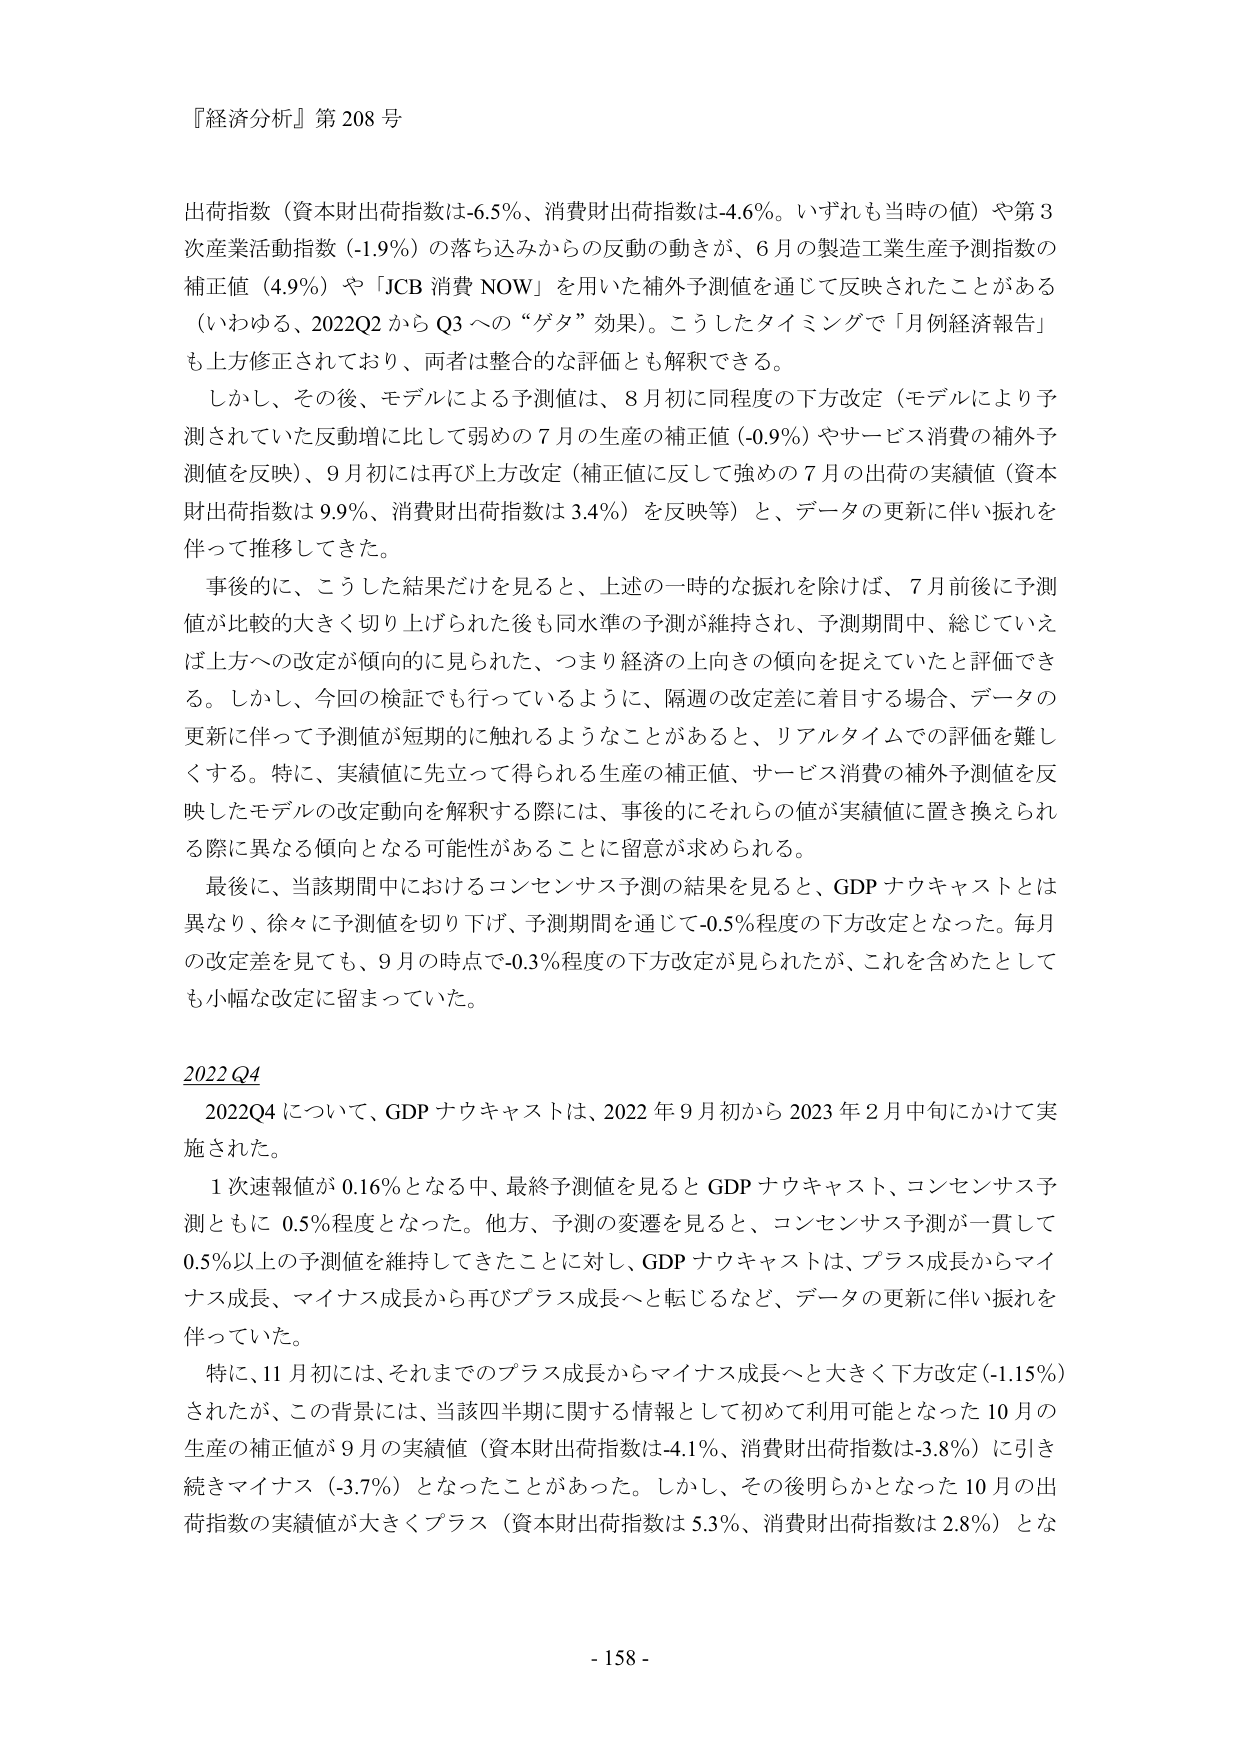
『経済分析』第 208 号

出荷指数（資本財出荷指数は-6.5%、消費財出荷指数は-4.6%。いずれも当時の値）や第3次産業活動指数（-1.9%）の落ち込みからの反動の動きが、6月の製造工業生産予測指数の補正値（4.9%）や「JCB 消費 NOW」を用いた補外予測値を通じて反映されたことがある（いわゆる、2022Q2 から Q3 への“ゲタ”効果）。こうしたタイミングで「月例経済報告」も上方修正されており、両者は整合的な評価とも解釈できる。

しかし、その後、モデルによる予測値は、8月初に同程度の下方改定（モデルにより予測されていた反動増に比して弱めの7月の生産の補正値（-0.9%）やサービス消費の補外予測値を反映）、9月初には再び上方改定（補正値に反して強めの7月の出荷の実績値（資本財出荷指数は 9.9%、消費財出荷指数は 3.4%）を反映等）と、データの更新に伴い振れを伴って推移してきた。

事後的に、こうした結果だけを見ると、上述の一時的な振れを除けば、7月前後に予測値が比較的大きく切り上げられた後も同水準の予測が維持され、予測期間中、総じていえば上方への改定が傾向的に見られた、つまり経済の上向きの傾向を捉えていたと評価できる。しかし、今回の検証でも行っているように、隔週の改定差に着目する場合、データの更新に伴って予測値が短期的に触れるようなことがあると、リアルタイムでの評価を難しくする。特に、実績値に先立って得られる生産の補正値、サービス消費の補外予測値を反映したモデルの改定動向を解釈する際には、事後的にそれらの値が実績値に置き換えられる際に異なる傾向となる可能性があることに留意が求められる。

最後に、当該期間中におけるコンセンサス予測の結果を見ると、GDP ナウキャストとは異なり、徐々に予測値を切り下げ、予測期間を通じて-0.5%程度の下方改定となった。毎月の改定差を見ても、9月の時点で-0.3%程度の下方改定が見られたが、これを含めたとしても小幅な改定に留まっていた。

2022 Q4

2022Q4 について、GDP ナウキャストは、2022 年 9 月初から 2023 年 2 月中旬にかけて実施された。

1 次速報値が 0.16% となる中、最終予測値を見ると GDP ナウキャスト、コンセンサス予測ともに 0.5%程度となった。他方、予測の変遷を見ると、コンセンサス予測が一貫して 0.5%以上の予測値を維持してきたことに対し、GDP ナウキャストは、プラス成長からマイナス成長、マイナス成長から再びプラス成長へと転じるなど、データの更新に伴い振れを伴っていた。

特に、11 月初には、それまでのプラス成長からマイナス成長へと大きく下方改定（-1.15%）されたが、この背景には、当該四半期に関する情報として初めて利用可能となった 10 月の生産の補正値が 9 月の実績値（資本財出荷指数は-4.1%、消費財出荷指数は-3.8%）に引き続きマイナス（-3.7%）となったことがあった。しかし、その後明らかとなった 10 月の出荷指数の実績値が大きくプラス（資本財出荷指数は 5.3%、消費財出荷指数は 2.8%）とな

- 158 -